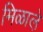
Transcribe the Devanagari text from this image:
मिळाले़